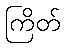
ကြိတ်